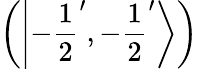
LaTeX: \left(\left|-{\frac{1}{2}}^{\prime},-{\frac{1}{2}}^{\prime}\right\rangle\right)